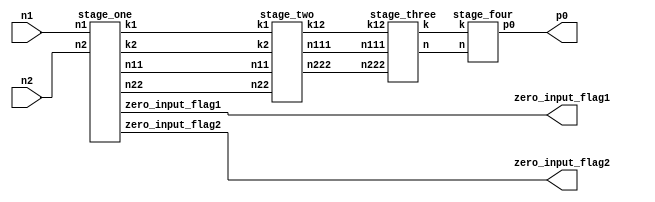
module log_multiplier1(n1,n2,p0,zero_input_flag1,zero_input_flag2);
input [15:0]n1,n2;
output wire  [33:0]p0;
output zero_input_flag1,zero_input_flag2;
wire  [3:0]k1,k2;
wire  [31:0]n11,n22,n111,n222,k;
wire [4:0]k12;
wire  [32:0]n;
stage_one   o1(.n1(n1),.n2(n2),.n11(n11),.n22(n22),.k1(k1),.k2(k2),.zero_input_flag1(zero_input_flag1),.zero_input_flag2(zero_input_flag2));
stage_two   o2(.k1(k1),.k2(k2),.n11(n11),.n22(n22),.k12(k12),.n111(n111),.n222(n222));
stage_three o3(.k12(k12),.n111(n111),.n222(n222),.k(k),.n(n));
stage_four  o4(.k(k),.n(n),.p0(p0));
endmodule

module stage_four(k,n,p0);
input [31:0]k;
input [32:0]n;
output [33:0]p0;
adderc c1(.a(k),.b(n),.y(p0));
endmodule 

module stage_three(k12,n111,n222,k,n);
input [4:0]k12;
input [31:0]n111,n222;
output [31:0]k;
output [32:0]n;
decoder d1(.a(k12),.y(k));
adderb  b1(.a(n111),.b(n222),.y(n));
endmodule 

module stage_two(k1,k2,n11,n22,k12,n111,n222);
input [3:0]k1,k2;
input [31:0]n11,n22;
output [4:0]k12;
output [31:0]n111,n222;
addera a1(.a(k1),.b(k2),.y(k12));
barrel_shifter b1(.x(n11),.s(k2),.z(n111));
barrel_shifter b2(.x(n22),.s(k1),.z(n222));
endmodule 


module stage_one(n1,n2,n11,n22,k1,k2,zero_input_flag1,zero_input_flag2);
input [15:0]n1,n2;
output [31:0]n11,n22;
output [3:0]k1,k2;
output zero_input_flag1,zero_input_flag2;
wire [15:0]w1,w2;
sixteen_bit_lod   s1(.d(n1),.o(w1),.zero_input_flag(zero_input_flag1));
sixteen_bit_lod   s2(.d(n2),.o(w2),.zero_input_flag(zero_input_flag2));
priority_encoder  p1(.a(w1),.y(k1));
priority_encoder  p2(.a(w2),.y(k2));
xor_gate          x1(.a(n1),.b(w1),.y(n11));
xor_gate          x2(.a(n2),.b(w2),.y(n22));
endmodule


module decoder(a,y);
input [4:0]a;
output [31:0]y;
assign  y[0] =  ~a[4]  &  ~a[3]  &  ~a[2]  &  ~a[1]  &  ~a[0] ;  
assign  y[1] =  ~a[4]  &  ~a[3]  &  ~a[2]  &  ~a[1]  &   a[0] ;  
assign  y[2] =  ~a[4]  &  ~a[3]  &  ~a[2]  &   a[1]  &  ~a[0] ;  
assign  y[3] =  ~a[4]  &  ~a[3]  &  ~a[2]  &   a[1]  &   a[0] ;  
assign  y[4] =  ~a[4]  &  ~a[3]  &   a[2]  &  ~a[1]  &  ~a[0] ;  
assign  y[5] =  ~a[4]  &  ~a[3]  &   a[2]  &  ~a[1]  &   a[0] ;  
assign  y[6] =  ~a[4]  &  ~a[3]  &   a[2]  &   a[1]  &  ~a[0] ;  
assign  y[7] =  ~a[4]  &  ~a[3]  &   a[2]  &   a[1]  &   a[0] ;  
assign  y[8] =  ~a[4]  &   a[3]  &  ~a[2]  &  ~a[1]  &  ~a[0] ;  
assign  y[9] =  ~a[4]  &   a[3]  &  ~a[2]  &  ~a[1]  &   a[0] ;  
assign y[10] =  ~a[4]  &   a[3]  &  ~a[2]  &   a[1]  &  ~a[0] ;  
assign y[11] =  ~a[4]  &   a[3]  &  ~a[2]  &   a[1]  &   a[0] ;  
assign y[12] =  ~a[4]  &   a[3]  &   a[2]  &  ~a[1]  &  ~a[0] ;  
assign y[13] =  ~a[4]  &   a[3]  &   a[2]  &  ~a[1]  &   a[0] ;  
assign y[14] =  ~a[4]  &   a[3]  &   a[2]  &   a[1]  &  ~a[0] ;  
assign y[15] =  ~a[4]  &   a[3]  &   a[2]  &   a[1]  &   a[0] ;  
assign y[16] =   a[4]  &  ~a[3]  &  ~a[2]  &  ~a[1]  &  ~a[0] ;  
assign y[17] =   a[4]  &  ~a[3]  &  ~a[2]  &  ~a[1]  &   a[0] ;  
assign y[18] =   a[4]  &  ~a[3]  &  ~a[2]  &   a[1]  &  ~a[0] ;  
assign y[19] =   a[4]  &  ~a[3]  &  ~a[2]  &   a[1]  &   a[0] ;  
assign y[20] =   a[4]  &  ~a[3]  &   a[2]  &  ~a[1]  &  ~a[0] ;  
assign y[21] =   a[4]  &  ~a[3]  &   a[2]  &  ~a[1]  &   a[0] ;  
assign y[22] =   a[4]  &  ~a[3]  &   a[2]  &   a[1]  &  ~a[0] ;  
assign y[23] =   a[4]  &  ~a[3]  &   a[2]  &   a[1]  &   a[0] ;  
assign y[24] =   a[4]  &   a[3]  &  ~a[2]  &  ~a[1]  &  ~a[0] ;  
assign y[25] =   a[4]  &   a[3]  &  ~a[2]  &  ~a[1]  &   a[0] ;  
assign y[26] =   a[4]  &   a[3]  &  ~a[2]  &   a[1]  &  ~a[0] ;  
assign y[27] =   a[4]  &   a[3]  &  ~a[2]  &   a[1]  &   a[0] ;  
assign y[28] =   a[4]  &   a[3]  &   a[2]  &  ~a[1]  &  ~a[0] ;  
assign y[29] =   a[4]  &   a[3]  &   a[2]  &  ~a[1]  &   a[0] ;  
assign y[30] =   a[4]  &   a[3]  &   a[2]  &   a[1]  &  ~a[0] ;  
assign y[31] =   a[4]  &   a[3]  &   a[2]  &   a[1]  &   a[0] ;  
endmodule

module addera(a,b,y);
input [3:0]a,b;
output [4:0]y;
assign y = a + b;
endmodule 

module adderb(a,b,y);
input [31:0]a,b;
output [32:0]y;
assign y = a + b;
endmodule 

module adderc(a,b,y);
input [31:0]a;
input [32:0]b;
output [33:0]y;
assign y = a + b;
endmodule 


module mux(a,b,s,y);
input a,b,s;
output y;
assign y = s ? a : b;
endmodule 

module barrel_shifter(x,s,z);
input [31:0]x;
input [3:0]s;
output [31:0]z;
wire [127:0]y;
mux m0(.a(1'b0),.b(x[0]),.s(s[0]),.y(y[0])); 
mux m1(.a(x[0]),.b(x[1]),.s(s[0]),.y(y[1]));
mux m2(.a(x[1]),.b(x[2]),.s(s[0]),.y(y[2])); 
mux m3(.a(x[2]),.b(x[3]),.s(s[0]),.y(y[3])); 
mux m4(.a(x[3]),.b(x[4]),.s(s[0]),.y(y[4]));
mux m5(.a(x[4]),.b(x[5]),.s(s[0]),.y(y[5])); 
mux m6(.a(x[5]),.b(x[6]),.s(s[0]),.y(y[6])); 
mux m7(.a(x[6]),.b(x[7]),.s(s[0]),.y(y[7])); 
mux m8(.a(x[7]),.b(x[8]),.s(s[0]),.y(y[8])); 
mux m9(.a(x[8]),.b(x[9]),.s(s[0]),.y(y[9])); 
mux m10(.a(x[9]),.b(x[10]),.s(s[0]),.y(y[10])); 
mux m11(.a(x[10]),.b(x[11]),.s(s[0]),.y(y[11])); 
mux m12(.a(x[11]),.b(x[12]),.s(s[0]),.y(y[12])); 
mux m13(.a(x[12]),.b(x[13]),.s(s[0]),.y(y[13]));
mux m14(.a(x[13]),.b(x[14]),.s(s[0]),.y(y[14])); 
mux m15(.a(x[14]),.b(x[15]),.s(s[0]),.y(y[15]));
mux m16(.a(x[15]),.b(x[16]),.s(s[0]),.y(y[16])); 
mux m17(.a(x[16]),.b(x[17]),.s(s[0]),.y(y[17])); 
mux m18(.a(x[17]),.b(x[18]),.s(s[0]),.y(y[18]));
mux m19(.a(x[18]),.b(x[19]),.s(s[0]),.y(y[19]));  
mux m20(.a(x[19]),.b(x[20]),.s(s[0]),.y(y[20])); 
mux m21(.a(x[20]),.b(x[21]),.s(s[0]),.y(y[21])); 
mux m22(.a(x[21]),.b(x[22]),.s(s[0]),.y(y[22])); 
mux m23(.a(x[22]),.b(x[23]),.s(s[0]),.y(y[23])); 
mux m24(.a(x[23]),.b(x[24]),.s(s[0]),.y(y[24])); 
mux m25(.a(x[24]),.b(x[25]),.s(s[0]),.y(y[25])); 
mux m26(.a(x[25]),.b(x[26]),.s(s[0]),.y(y[26])); 
mux m27(.a(x[26]),.b(x[27]),.s(s[0]),.y(y[27])); 
mux m28(.a(x[27]),.b(x[28]),.s(s[0]),.y(y[28]));
mux m29(.a(x[28]),.b(x[29]),.s(s[0]),.y(y[29])); 
mux m30(.a(x[29]),.b(x[30]),.s(s[0]),.y(y[30])); 
mux m31(.a(x[30]),.b(x[31]),.s(s[0]),.y(y[31]));
mux m32(.a(1'b0),.b(y[0]),.s(s[1]),.y(y[32])); 
mux m33(.a(1'b0),.b(y[1]),.s(s[1]),.y(y[33])); 
mux m34(.a(y[0]),.b(y[2]),.s(s[1]),.y(y[34])); 
mux m35(.a(y[1]),.b(y[3]),.s(s[1]),.y(y[35])); 
mux m36(.a(y[2]),.b(y[4]),.s(s[1]),.y(y[36])); 
mux m37(.a(y[3]),.b(y[5]),.s(s[1]),.y(y[37])); 
mux m38(.a(y[4]),.b(y[6]),.s(s[1]),.y(y[38])); 
mux m39(.a(y[5]),.b(y[7]),.s(s[1]),.y(y[39])); 
mux m40(.a(y[6]),.b(y[8]),.s(s[1]),.y(y[40])); 
mux m41(.a(y[7]),.b(y[9]),.s(s[1]),.y(y[41])); 
mux m42(.a(y[8]),.b(y[10]),.s(s[1]),.y(y[42]));
mux m43(.a(y[9]),.b(y[11]),.s(s[1]),.y(y[43])); 
mux m44(.a(y[10]),.b(y[12]),.s(s[1]),.y(y[44])); 
mux m45(.a(y[11]),.b(y[13]),.s(s[1]),.y(y[45]));
mux m46(.a(y[12]),.b(y[14]),.s(s[1]),.y(y[46])); 
mux m47(.a(y[13]),.b(y[15]),.s(s[1]),.y(y[47])); 
mux m48(.a(y[14]),.b(y[16]),.s(s[1]),.y(y[48])); 
mux m49(.a(y[15]),.b(y[17]),.s(s[1]),.y(y[49])); 
mux m50(.a(y[16]),.b(y[18]),.s(s[1]),.y(y[50])); 
mux m51(.a(y[17]),.b(y[19]),.s(s[1]),.y(y[51])); 
mux m52(.a(y[18]),.b(y[20]),.s(s[1]),.y(y[52])); 
mux m53(.a(y[19]),.b(y[21]),.s(s[1]),.y(y[53])); 
mux m54(.a(y[20]),.b(y[22]),.s(s[1]),.y(y[54])); 
mux m55(.a(y[21]),.b(y[23]),.s(s[1]),.y(y[55])); 
mux m56(.a(y[22]),.b(y[24]),.s(s[1]),.y(y[56]));
mux m57(.a(y[23]),.b(y[25]),.s(s[1]),.y(y[57])); 
mux m58(.a(y[24]),.b(y[26]),.s(s[1]),.y(y[58])); 
mux m59(.a(y[25]),.b(y[27]),.s(s[1]),.y(y[59]));
mux m60(.a(y[26]),.b(y[28]),.s(s[1]),.y(y[60])); 
mux m61(.a(y[27]),.b(y[29]),.s(s[1]),.y(y[61])); 
mux m62(.a(y[28]),.b(y[30]),.s(s[1]),.y(y[62])); 
mux m63(.a(y[29]),.b(y[31]),.s(s[1]),.y(y[63])); 
mux m64(.a(1'b0),.b(y[32]),.s(s[2]),.y(y[64])); 
mux m65(.a(1'b0),.b(y[33]),.s(s[2]),.y(y[65])); 
mux m66(.a(1'b0),.b(y[34]),.s(s[2]),.y(y[66])); 
mux m67(.a(1'b0),.b(y[35]),.s(s[2]),.y(y[67])); 
mux m68(.a(y[32]),.b(y[36]),.s(s[2]),.y(y[68])); 
mux m69(.a(y[33]),.b(y[37]),.s(s[2]),.y(y[69])); 
mux m70(.a(y[34]),.b(y[38]),.s(s[2]),.y(y[70]));
mux m71(.a(y[35]),.b(y[39]),.s(s[2]),.y(y[71])); 
mux m72(.a(y[36]),.b(y[40]),.s(s[2]),.y(y[72])); 
mux m73(.a(y[37]),.b(y[41]),.s(s[2]),.y(y[73]));
mux m74(.a(y[38]),.b(y[42]),.s(s[2]),.y(y[74])); 
mux m75(.a(y[39]),.b(y[43]),.s(s[2]),.y(y[75])); 
mux m76(.a(y[40]),.b(y[44]),.s(s[2]),.y(y[76])); 
mux m77(.a(y[41]),.b(y[45]),.s(s[2]),.y(y[77])); 
mux m78(.a(y[42]),.b(y[46]),.s(s[2]),.y(y[78])); 
mux m79(.a(y[43]),.b(y[47]),.s(s[2]),.y(y[79])); 
mux m80(.a(y[44]),.b(y[48]),.s(s[2]),.y(y[80])); 
mux m81(.a(y[45]),.b(y[49]),.s(s[2]),.y(y[81])); 
mux m82(.a(y[46]),.b(y[50]),.s(s[2]),.y(y[82])); 
mux m83(.a(y[47]),.b(y[51]),.s(s[2]),.y(y[83])); 
mux m84(.a(y[48]),.b(y[52]),.s(s[2]),.y(y[84]));
mux m85(.a(y[49]),.b(y[53]),.s(s[2]),.y(y[85])); 
mux m86(.a(y[50]),.b(y[54]),.s(s[2]),.y(y[86])); 
mux m87(.a(y[51]),.b(y[55]),.s(s[2]),.y(y[87]));
mux m88(.a(y[52]),.b(y[56]),.s(s[2]),.y(y[88])); 
mux m89(.a(y[53]),.b(y[57]),.s(s[2]),.y(y[89])); 
mux m90(.a(y[54]),.b(y[58]),.s(s[2]),.y(y[90])); 
mux m91(.a(y[55]),.b(y[59]),.s(s[2]),.y(y[91])); 
mux m92(.a(y[56]),.b(y[60]),.s(s[2]),.y(y[92])); 
mux m93(.a(y[57]),.b(y[61]),.s(s[2]),.y(y[93])); 
mux m94(.a(y[58]),.b(y[62]),.s(s[2]),.y(y[94])); 
mux m95(.a(y[59]),.b(y[63]),.s(s[2]),.y(y[95])); 
mux m96(.a(1'b0),.b(y[64]),.s(s[3]),.y(y[96])); 
mux m97(.a(1'b0),.b(y[65]),.s(s[3]),.y(y[97])); 
mux m98(.a(1'b0),.b(y[66]),.s(s[3]),.y(y[98])); 
mux m99(.a(1'b0),.b(y[67]),.s(s[3]),.y(y[99]));
mux m100(.a(1'b0),.b(y[68]),.s(s[3]),.y(y[100])); 
mux m101(.a(1'b0),.b(y[69]),.s(s[3]),.y(y[101])); 
mux m102(.a(1'b0),.b(y[70]),.s(s[3]),.y(y[102])); 
mux m103(.a(1'b0),.b(y[71]),.s(s[3]),.y(y[103])); 
mux m104(.a(y[64]),.b(y[72]),.s(s[3]),.y(y[104])); 
mux m105(.a(y[65]),.b(y[73]),.s(s[3]),.y(y[105])); 
mux m106(.a(y[66]),.b(y[74]),.s(s[3]),.y(y[106])); 
mux m107(.a(y[67]),.b(y[75]),.s(s[3]),.y(y[107])); 
mux m108(.a(y[68]),.b(y[76]),.s(s[3]),.y(y[108])); 
mux m109(.a(y[69]),.b(y[77]),.s(s[3]),.y(y[109])); 
mux m110(.a(y[70]),.b(y[78]),.s(s[3]),.y(y[110])); 
mux m111(.a(y[71]),.b(y[79]),.s(s[3]),.y(y[111]));
mux m112(.a(y[72]),.b(y[80]),.s(s[3]),.y(y[112])); 
mux m113(.a(y[73]),.b(y[81]),.s(s[3]),.y(y[113])); 
mux m114(.a(y[74]),.b(y[82]),.s(s[3]),.y(y[114])); 
mux m115(.a(y[75]),.b(y[83]),.s(s[3]),.y(y[115])); 
mux m116(.a(y[76]),.b(y[84]),.s(s[3]),.y(y[116])); 
mux m117(.a(y[77]),.b(y[85]),.s(s[3]),.y(y[117])); 
mux m118(.a(y[78]),.b(y[86]),.s(s[3]),.y(y[118])); 
mux m119(.a(y[79]),.b(y[87]),.s(s[3]),.y(y[119])); 
mux m120(.a(y[80]),.b(y[88]),.s(s[3]),.y(y[120])); 
mux m121(.a(y[81]),.b(y[89]),.s(s[3]),.y(y[121])); 
mux m122(.a(y[82]),.b(y[90]),.s(s[3]),.y(y[122])); 
mux m123(.a(y[83]),.b(y[91]),.s(s[3]),.y(y[123]));
mux m124(.a(y[84]),.b(y[92]),.s(s[3]),.y(y[124])); 
mux m125(.a(y[85]),.b(y[93]),.s(s[3]),.y(y[125])); 
mux m126(.a(y[86]),.b(y[94]),.s(s[3]),.y(y[126])); 
mux m127(.a(y[87]),.b(y[95]),.s(s[3]),.y(y[127])); 
mux m128(.a(1'b0),.b(y[96]),.s(1'b0),.y(z[0])); 
mux m129(.a(1'b0),.b(y[97]),.s(1'b0),.y(z[1])); 
mux m130(.a(1'b0),.b(y[98]),.s(1'b0),.y(z[2])); 
mux m131(.a(1'b0),.b(y[99]),.s(1'b0),.y(z[3])); 
mux m132(.a(1'b0),.b(y[100]),.s(1'b0),.y(z[4])); 
mux m133(.a(1'b0),.b(y[101]),.s(1'b0),.y(z[5])); 
mux m134(.a(1'b0),.b(y[102]),.s(1'b0),.y(z[6])); 
mux m135(.a(1'b0),.b(y[103]),.s(1'b0),.y(z[7]));
mux m136(.a(1'b0),.b(y[104]),.s(1'b0),.y(z[8])); 
mux m137(.a(1'b0),.b(y[105]),.s(1'b0),.y(z[9])); 
mux m138(.a(1'b0),.b(y[106]),.s(1'b0),.y(z[10])); 
mux m139(.a(1'b0),.b(y[107]),.s(1'b0),.y(z[11])); 
mux m140(.a(1'b0),.b(y[108]),.s(1'b0),.y(z[12])); 
mux m141(.a(1'b0),.b(y[109]),.s(1'b0),.y(z[13])); 
mux m142(.a(1'b0),.b(y[110]),.s(1'b0),.y(z[14])); 
mux m143(.a(1'b0),.b(y[111]),.s(1'b0),.y(z[15])); 
mux m144(.a(y[96]),.b(y[112]),.s(1'b0),.y(z[16])); 
mux m145(.a(y[97]),.b(y[113]),.s(1'b0),.y(z[17])); 
mux m146(.a(y[98]),.b(y[114]),.s(1'b0),.y(z[18])); 
mux m147(.a(y[99]),.b(y[115]),.s(1'b0),.y(z[19]));
mux m148(.a(y[100]),.b(y[116]),.s(1'b0),.y(z[20])); 
mux m149(.a(y[101]),.b(y[117]),.s(1'b0),.y(z[21])); 
mux m150(.a(y[102]),.b(y[118]),.s(1'b0),.y(z[22])); 
mux m151(.a(y[103]),.b(y[119]),.s(1'b0),.y(z[23])); 
mux m152(.a(y[104]),.b(y[120]),.s(1'b0),.y(z[24])); 
mux m153(.a(y[105]),.b(y[121]),.s(1'b0),.y(z[25])); 
mux m154(.a(y[106]),.b(y[122]),.s(1'b0),.y(z[26])); 
mux m155(.a(y[107]),.b(y[123]),.s(1'b0),.y(z[27])); 
mux m156(.a(y[108]),.b(y[124]),.s(1'b0),.y(z[28])); 
mux m157(.a(y[109]),.b(y[125]),.s(1'b0),.y(z[29])); 
mux m158(.a(y[110]),.b(y[126]),.s(1'b0),.y(z[30])); 
mux m159(.a(y[111]),.b(y[127]),.s(1'b0),.y(z[31])); 
endmodule

module xor_gate(a,b,y);
input [15:0]a,b;
output [31:0]y;
assign y = a^b;
endmodule 

module priority_encoder(a,y);
input [15:0]a;
output reg [3:0]y;
always @(*)
if (a[15]==1'b1) 
	y=4'd15;  
else if (a[14]==1'b1) 
	y=4'd14;
else if (a[13]==1'b1) 
	y=4'd13;
else if (a[12]==1'b1) 
	y=4'd12;
else if (a[11]==1'b1) 
	y=4'd11;
else if (a[10]==1'b1) 
	y=4'd10;
else if (a[9]==1'b1) 
	y=4'd9;
else if (a[8]==1'b1) 
	y=4'd8;
else if (a[7]==1'b1) 
	y=4'd7;
else if (a[6]==1'b1) 
	y=4'd6;
else if (a[5]==1'b1) 
	y=4'd5;
else if (a[4]==1'b1) 
	y=4'd4;
else if (a[3]==1'b1) 
	y=4'd3;
else if (a[2]==1'b1) 
	y=4'd2;
else if (a[1]==1'b1) 
	y=4'd1;
else y=4'd0;
endmodule

module muxa(s,y);
input s;
output wire y;
assign y = s ? 0 : 1;
endmodule  

module muxb(a,s,y);
input a,s;
output wire y;
assign y = s ? 0 : a;
endmodule  

module four_bit_lod(a,y);
input [3:0]a;
output wire [3:0]y;
wire [2:0]x;
assign y[3] = a[3];
muxa a1(.s(a[3]),.y(x[2]));
muxb b1(.a(x[2]),.s(a[2]),.y(x[1]));
muxb b2(.a(x[1]),.s(a[1]),.y(x[0]));
and a2(y[2],x[2],a[2]);
and a3(y[1],x[1],a[1]);
and a4(y[0],x[0],a[0]);
endmodule

module four_bit_mux(a,s,y);
input [3:0]a;
input s;
output [3:0]y;
assign y = s ? a : 0 ;
endmodule  


module sixteen_bit_lod(d,o,zero_input_flag);
input [15:0]d;
output [15:0]o;
output zero_input_flag;
wire [15:0]z;
wire [3:0]x,y;
four_bit_lod l2(.a(d[15:12]),.y(z[15:12]));
four_bit_lod l3(.a(d[11:8]),.y(z[11:8]));
four_bit_lod l4(.a(d[7:4]),.y(z[7:4]));
four_bit_lod l5(.a(d[3:0]),.y(z[3:0]));
assign x[3] = |d[15:12];
assign x[2] = |d[11:8];
assign x[1] = |d[7:4];
assign x[0] = |d[3:0];
assign zero_input_flag = |x;
four_bit_lod l6(.a(x),.y(y));
four_bit_mux m1(.a(z[15:12]),.s(y[3]),.y(o[15:12]));
four_bit_mux m2(.a(z[11:8]),.s(y[2]),.y(o[11:8]));
four_bit_mux m3(.a(z[7:4]),.s(y[1]),.y(o[7:4]));
four_bit_mux m4(.a(z[3:0]),.s(y[0]),.y(o[3:0]));
endmodule